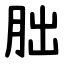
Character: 朏